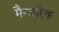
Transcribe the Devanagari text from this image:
मैन्जारेक